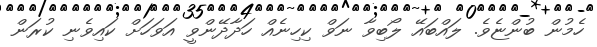
ހެމުން ބުންޏެވެ. ލައްބައޭ ލޯބިވާ ނަވް ކިހިނެއް ހަދާދޭންވީ އަވަހަށް ކައިވެނި ކުރަން